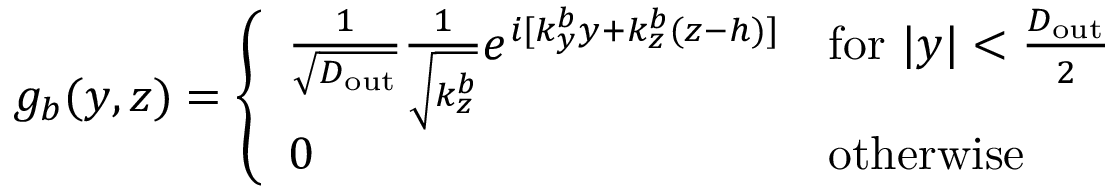
g _ { b } ( y , z ) = \left\{ \begin{array} { l l } { \frac { 1 } { \sqrt { D _ { \mathrm { o u t } } } } \frac { 1 } { \sqrt { k _ { z } ^ { b } } } e ^ { i [ k _ { y } ^ { b } y + k _ { z } ^ { b } ( z - h ) ] } } & { \mathrm { f o r ~ } | y | < \frac { D _ { \mathrm { o u t } } } { 2 } } \\ { 0 } & { \mathrm { o t h e r w i s e } } \end{array} \right.